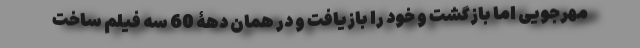
مهرجویی اما بازگشت و خود را بازیافت و در همان دهۀ 60 سه فیلم ساخت